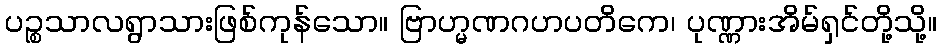
ပဉ္စသာလရွာသားဖြစ်ကုန်သော။ ဗြာဟ္မဏဂဟပတိကေ၊ ပုဏ္ဏားအိမ်ရှင်တို့သို့။